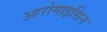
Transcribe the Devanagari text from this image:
आरोमाइसिन